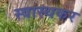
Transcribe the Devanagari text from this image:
स्वास्थकर